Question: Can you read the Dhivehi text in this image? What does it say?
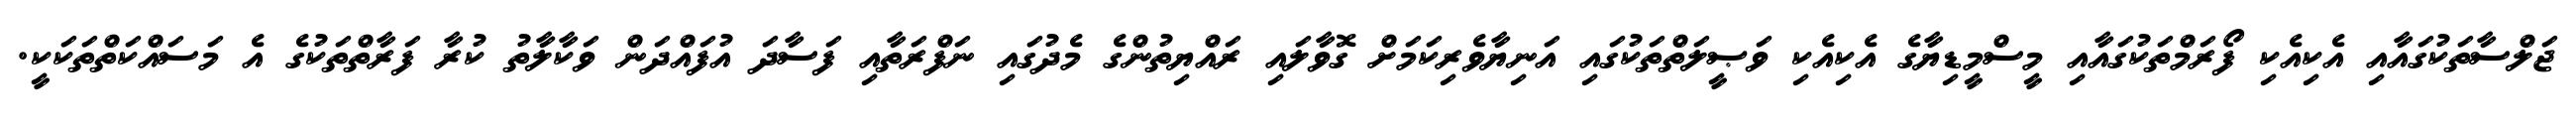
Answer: ޖަލްސާތަކުގައާއި އެކިއެކި ފޯރަމްތަކުގައާއި މީސްމީޑިޔާގެ އެކިއެކި ވަޞީލަތްތަކުގައި އަނިޔާވެރިކަމަށް ގޮވާލައި ރައްޔިތުންގެ މެދުގައި ނަފްރަތާއި ފަސާދަ އުފައްދަން ވަކާލާތު ކުރާ ފަރާތްތަކުގެ އެ މަސައްކަތްތަކަކީ.